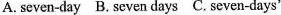
A.seven-day B.seven days C.seven-days'